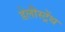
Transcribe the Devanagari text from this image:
डेलीस्ट्रेंथ